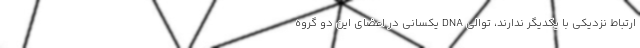
ارتباط نزدیکی با یکدیگر ندارند، توالی DNA یکسانی در اعضای این دو گروه